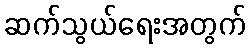
ဆက်သွယ်ရေးအတွက်